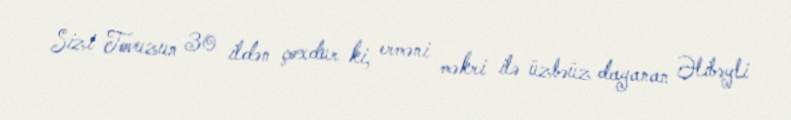
Sizi Tovuzun 30 ildən çoxdur ki, erməni məkri ilə üzbəüz dayanan Əlibəyli